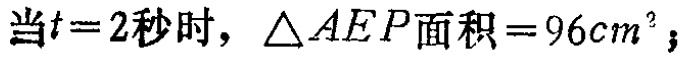
当\(t = 2\)秒时，\(\triangle AEP\)面积\(= 96cm^{2}\)；